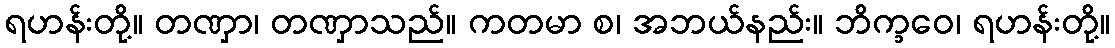
ရဟန်းတို့။ တဏှာ၊ တဏှာသည်။ ကတမာ စ၊ အဘယ်နည်း။ ဘိက္ခဝေ၊ ရဟန်းတို့။